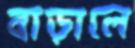
বাড়ালে